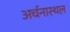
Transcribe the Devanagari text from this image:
अर्चनास्थल